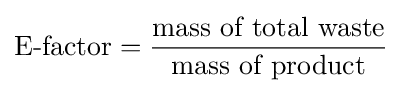
{\text{E-factor}}={\frac {\text{mass of total waste}}{\text{mass of product}}}